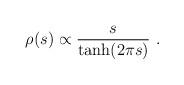
LaTeX: \begin{align*}\rho (s) \propto \frac{s}{ \tanh (2 \pi s)} ~.\end{align*}